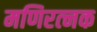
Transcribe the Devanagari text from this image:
मणिरत्‍नक